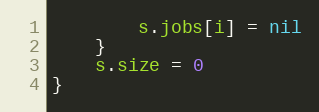
Language: Go
		s.jobs[i] = nil
	}
	s.size = 0
}